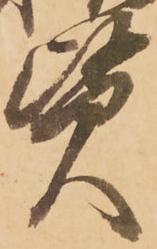
賢